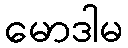
မောဒါမ